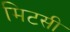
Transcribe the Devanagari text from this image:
मिटसी